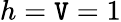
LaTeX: h=\mathtt{V}=1